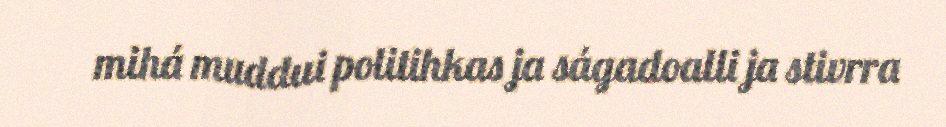
mihá muddui politihkas ja ságadoalli ja stivrra